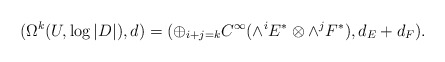
\begin{align*}(\Omega^k(U,\log |D|), d)= (\oplus_{i+j=k} C^\infty(\wedge^i E^*\otimes \wedge^j F^*), d_E + d_F).\end{align*}